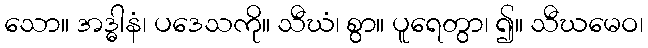
သော။ အဒ္ဓါနံ၊ ပဒေသကို။ သီဃံ၊ စွာ။ ပူရေတွာ၊ ၍။ သီဃမေဝ၊